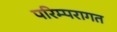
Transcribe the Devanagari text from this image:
परिम्परागत